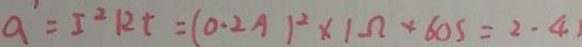
a ^ { \prime } = I ^ { 2 } R t = ( 0 . 2 A ) ^ { 2 } \times 1 \Omega \times 6 0 s = 2 . 4 1